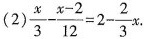
(2) $$\frac { x } { 3 } - \frac { x - 2 } { 1 2 } = 2 - \frac { 2 } { 3 } x$$ .